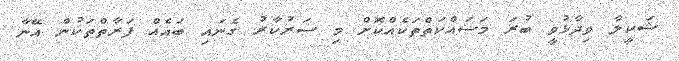
ޝަކީލާ ވިދާޅުވީ ބުރަ މަސައްކަތްތަކެއްކޮށް މި ސަރުކާރު ގެނައި ބައެއް ފަރާތްތަކުން އޭނާ